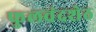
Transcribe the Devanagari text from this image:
फुलचंदशेठ